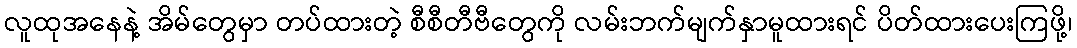
လူထုအနေနဲ့ အိမ်တွေမှာ တပ်ထားတဲ့ စီစီတီဗီတွေကို လမ်းဘက်မျက်နှာမူထားရင် ပိတ်ထားပေးကြဖို့၊